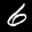
Label: 6